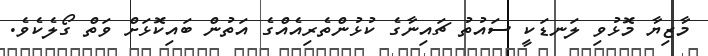
މާޒިޔާ މޮޅުވި ލަނޑަކީ ސައުތު ޗައިނާގެ ކުޅުންތެރިއެއްގެ އަތުން ބައިކޮޅަށް ވަތް ގޯލެކެވެ.